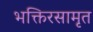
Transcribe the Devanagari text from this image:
भक्तिरसामृत